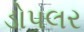
ડોપલર